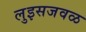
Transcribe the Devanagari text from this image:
लुइसजवळ